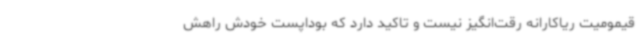
قیمومیت ریاکارانه رقت‌انگیز نیست و تاکید دارد که بوداپست خودش راهش